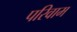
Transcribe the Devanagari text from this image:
परिवाम